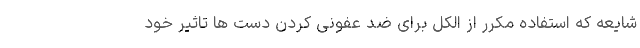
شایعه که استفاده مکرر از الکل برای ضد عفونی کردن دست ها تاثیر خود